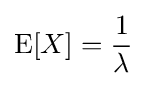
\operatorname {E} [X]={\frac {1}{\lambda }}